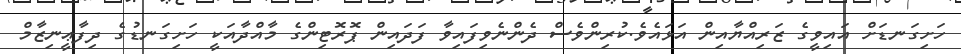
ހަށިގަނޑަށް އައިވީގެ ޒަރިއްޔާއިން އަޅައެވެ.ކުރިންވެސް ދެންނެވިފައިވާ ފަދައިން ޕޮރޮޓިންގެ މާއްދާއަކީ ހަށިގަނޑުގެ ދިފާޢީނިޒާމް